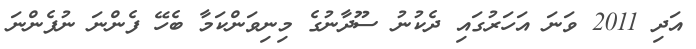
އަދި 2011 ވަނަ އަހަރުގައި ދެކުނު ސޫދާނުގެ މިނިވަންކަމާ ބެހޭ ފެންނަ ނުފެންނަ